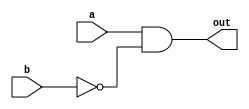
module and_not(a, b, out);

input  a, b;
output out;

assign out = a & (~b);

endmodule

module top(a, b, c, d, out);

input a, b, c, d;
output out;

wire w1, w2;
and_not m0(a, b, w1);
and_not m1(c, d, w2);
and_not m2(w1, w2, out);


endmodule